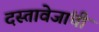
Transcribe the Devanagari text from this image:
दस्तावेजांची